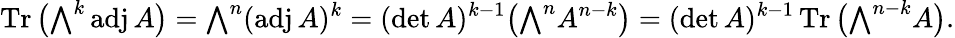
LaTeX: \operatorname{Tr}{\bigl(}{\textstyle\bigwedge}^{k}\operatorname{adj}A{\bigr)}={\textstyle\bigwedge}^{n}(\operatorname{adj}A)^{k}=(\operatorname*{det}A)^{k-1}{\bigl(}{\textstyle\bigwedge}^{n}A^{n-k}{\bigr)}=(\operatorname*{det}A)^{k-1}\operatorname{Tr}{\bigl(}{\textstyle\bigwedge}^{n-k}A{\bigr)}.